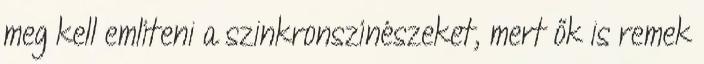
meg kell említeni a szinkronszínészeket, mert ők is remek